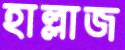
হাল্লাজ